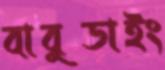
বাবুডাইং